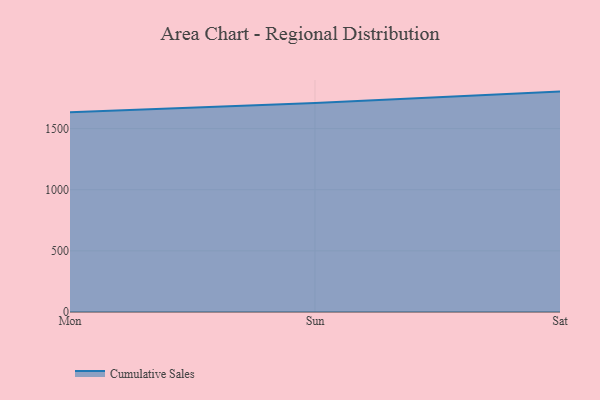
{"axis": {"x": "Day", "y": "Churn Rate (%)"}, "legend": ["Cumulative Sales"], "data": [{"x": "Mon", "y": 1633.6, "type": "Cumulative Sales"}, {"x": "Sun", "y": 1708.3, "type": "Cumulative Sales"}, {"x": "Sat", "y": 1802.4, "type": "Cumulative Sales"}]}